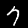
Digit: 7